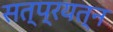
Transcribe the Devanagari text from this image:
सत्प्रयत्न